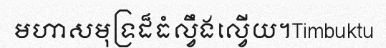
មហាសមុទ្រដ៏ធំល្វឹងល្វើយ។Timbuktu